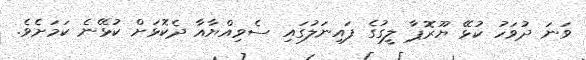
ވަނަ ދުވަހު ކުޅޭ ޔޫރޮޕާ ލީގުގެ ފައިނަލުގައި ސެވިއްޔާއާ ދެކޮޅަށް ކުޅޭނެ ކަމަށެވެ.